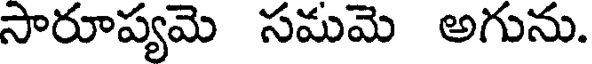
సారూప్యమె సమమె అగును.